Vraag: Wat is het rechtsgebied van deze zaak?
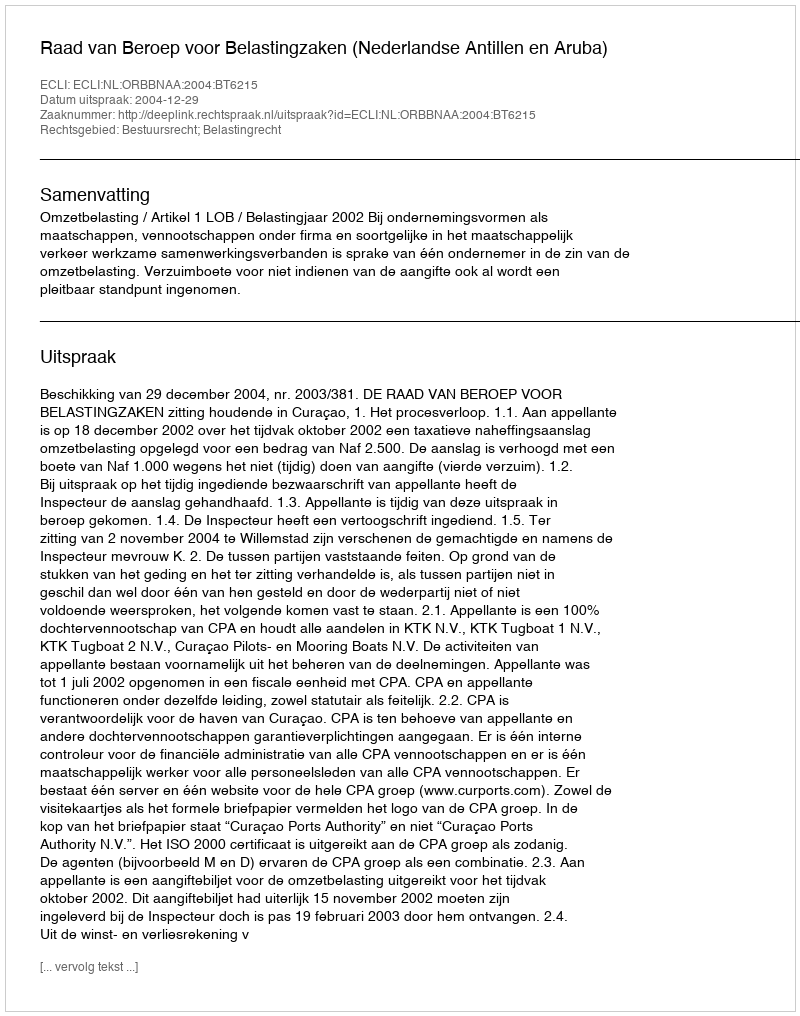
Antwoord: Bestuursrecht; Belastingrecht